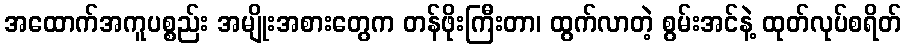
အထောက်အကူပစ္စည်း အမျိုးအစားတွေက တန်ဖိုးကြီးတာ၊ ထွက်လာတဲ့ စွမ်းအင်နဲ့ ထုတ်လုပ်စရိတ်